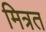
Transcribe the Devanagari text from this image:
मित्रत